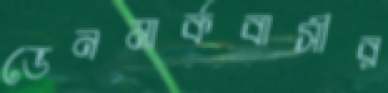
ডেনমার্কবাসীর